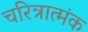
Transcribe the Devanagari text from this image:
चरित्रात्मंक